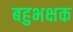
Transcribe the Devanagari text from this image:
बहुभक्षक